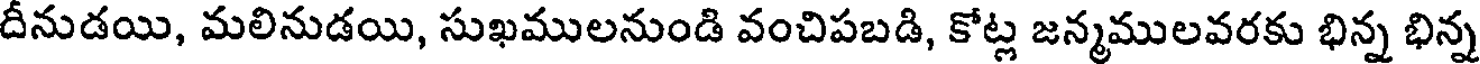
దీనుడయి, మలినుడయి, సుఖములనుండి వంచిపబడి, కోట్ల జన్మములవరకు భిన్న భిన్న